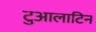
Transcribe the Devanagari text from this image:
टुआलाटिन